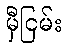
မှီငြမ်း